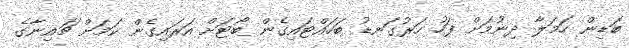
ބަޑިން ހަމަލާ ދިނުމަށް ފަހު ހަރުގަނޑު ބަހައްޓައިގެން ބޯޓަށް އަރައިގެން ކަމަށް ޗައިނާގެ